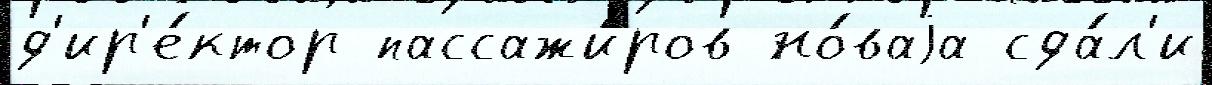
д'ир'е́ктор пассажи́ров но́ваjа сда́л'и